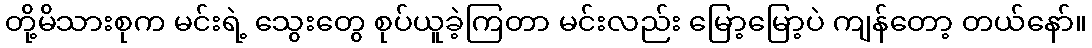
တို့မိသားစုက မင်းရဲ့ သွေးတွေ စုပ်ယူခဲ့ကြတာ မင်းလည်း မြော့မြော့ပဲ ကျန်တော့ တယ်နော်။